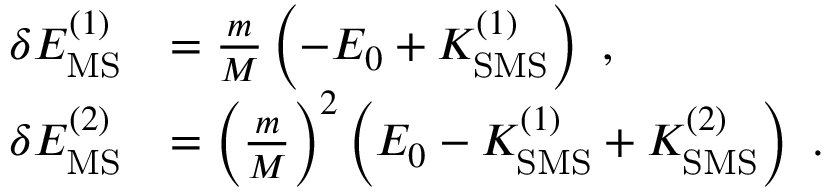
\begin{array} { r l } { \delta E _ { \mathrm { M S } } ^ { ( 1 ) } } & { = \frac { m } { M } \left( - E _ { 0 } + K _ { \mathrm { S M S } } ^ { ( 1 ) } \right) \ , } \\ { \delta E _ { \mathrm { M S } } ^ { ( 2 ) } } & { = \left( \frac { m } { M } \right) ^ { 2 } \left( E _ { 0 } - K _ { \mathrm { S M S } } ^ { ( 1 ) } + K _ { \mathrm { S M S } } ^ { ( 2 ) } \right) \ . } \end{array}